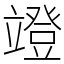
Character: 竳